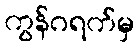
ကွန်ဂရက်မှ